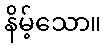
နိမ့်သော။